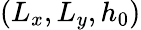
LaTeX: \left(L_{x},L_{y},h_{0}\right)